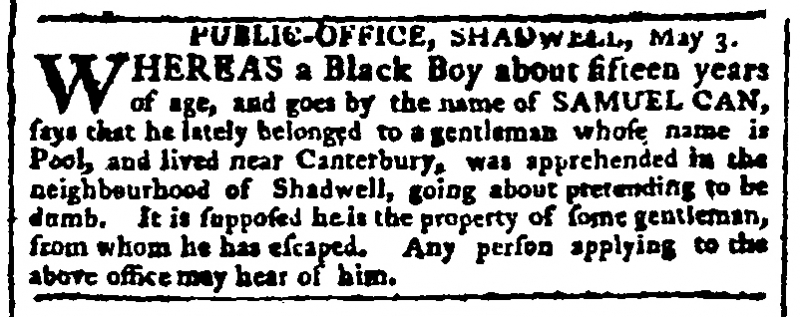
Gazetteer and New Daily Advertiser, 6 May 1771 (England)
        PUBLIC-OFFICE, SHADWELL, May 3.WHEREAS a Black Boy about fifteen years of age, and goes by the name of SAMUEL CAN, says that he lately belonged to a gentleman whose name is Pool, and lived near Canterbury, was apprehended in the neighbourhood of Shadwell, going about pretending to be dumb. It is supposed he is the property of some gentleman, from whom he has escaped. Any person applying to the above office may hear of him.